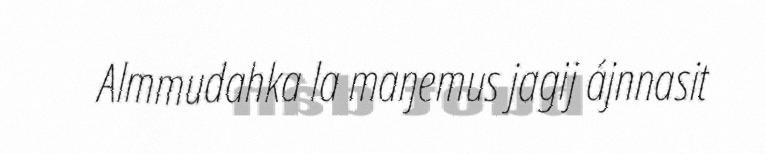
Almmudahka la maŋemus jagij ájnnasit